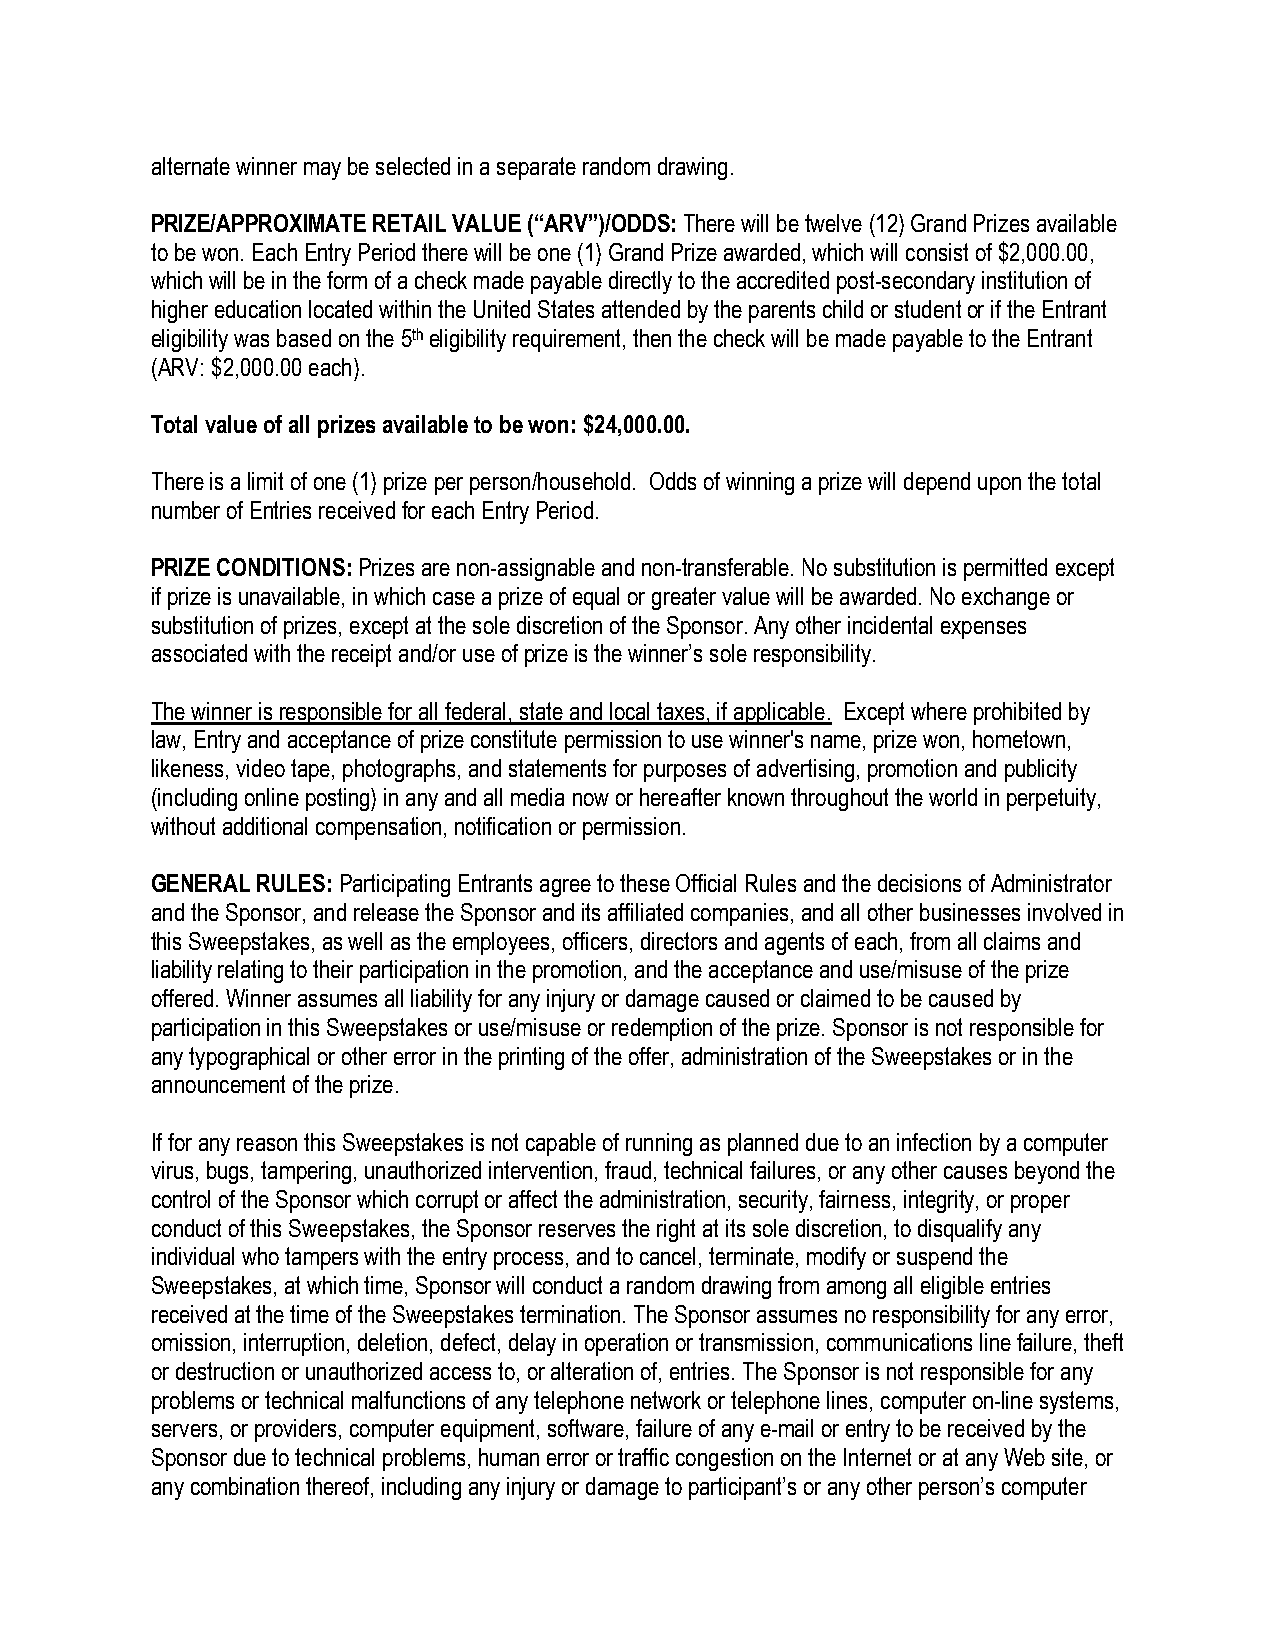
alternate winner may be selected in a separate random drawing.
 PRIZE/APPROXIMATE RETAIL VALUE (“ARV”)/ODDS: There will be twelve (12) Grand Prizes available
 to be won. Each Entry Period there will be one (1) Grand Prize awarded, which will consist of $2,000.00,
 which will be in the form of a check made payable directly to the accredited post-secondary institution of
 higher education located within the United States attended by the parents child or student or if the Entrant
 eligibility was based on the 5th eligibility requirement, then the check will be made payable to the Entrant
 (ARV: $2,000.00 each).
 Total value of all prizes available to be won: $24,000.00.
 There is a limit of one (1) prize per person/household. Odds of winning a prize will depend upon the total
 number of Entries received for each Entry Period.
 PRIZE CONDITIONS: Prizes are non-assignable and non-transferable. No substitution is permitted except
 if prize is unavailable, in which case a prize of equal or greater value will be awarded. No exchange or
 substitution of prizes, except at the sole discretion of the Sponsor. Any other incidental expenses
 associated with the receipt and/or use of prize is the winner’s sole responsibility.
 The winner is responsible for all federal, state and local taxes, if applicable. Except where prohibited by
 law, Entry and acceptance of prize constitute permission to use winner's name, prize won, hometown,
 likeness, video tape, photographs, and statements for purposes of advertising, promotion and publicity
 (including online posting) in any and all media now or hereafter known throughout the world in perpetuity,
 without additional compensation, notification or permission.
 GENERAL RULES: Participating Entrants agree to these Official Rules and the decisions of Administrator
 and the Sponsor, and release the Sponsor and its affiliated companies, and all other businesses involved in
 this Sweepstakes, as well as the employees, officers, directors and agents of each, from all claims and
 liability relating to their participation in the promotion, and the acceptance and use/misuse of the prize
 offered. Winner assumes all liability for any injury or damage caused or claimed to be caused by
 participation in this Sweepstakes or use/misuse or redemption of the prize. Sponsor is not responsible for
 any typographical or other error in the printing of the offer, administration of the Sweepstakes or in the
 announcement of the prize.
 If for any reason this Sweepstakes is not capable of running as planned due to an infection by a computer
 virus, bugs, tampering, unauthorized intervention, fraud, technical failures, or any other causes beyond the
 control of the Sponsor which corrupt or affect the administration, security, fairness, integrity, or proper
 conduct of this Sweepstakes, the Sponsor reserves the right at its sole discretion, to disqualify any
 individual who tampers with the entry process, and to cancel, terminate, modify or suspend the
 Sweepstakes, at which time, Sponsor will conduct a random drawing from among all eligible entries
 received at the time of the Sweepstakes termination. The Sponsor assumes no responsibility for any error,
 omission, interruption, deletion, defect, delay in operation or transmission, communications line failure, theft
 or destruction or unauthorized access to, or alteration of, entries. The Sponsor is not responsible for any
 problems or technical malfunctions of any telephone network or telephone lines, computer on-line systems,
 servers, or providers, computer equipment, software, failure of any e-mail or entry to be received by the
 Sponsor due to technical problems, human error or traffic congestion on the Internet or at any Web site, or
 any combination thereof, including any injury or damage to participant’s or any other person’s computer